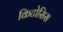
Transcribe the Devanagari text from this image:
किटोसिस